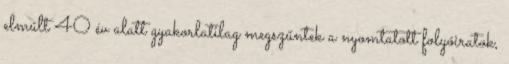
elmúlt 40 év alatt gyakorlatilag megszűntek a nyomtatott folyóiratok,